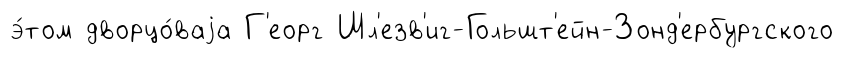
э́том дворцо́ваjа Г'еорг Шл'езв'иг-Гольшт'ейн-Зонд'ербургского